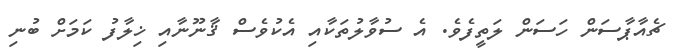
ޗެއާޕާސަން ހަސަން ލަތީފެވެ. އެ ސުވާލުތަކާއި އެކުވެސް ޤާނޫނާއި ޚިލާފު ކަމަށް ބުނި